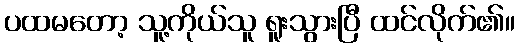
ပထမတော့ သူ့ကိုယ်သူ ရူးသွားပြီ ထင်လိုက်၏။